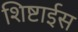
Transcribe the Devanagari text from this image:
शिष्टाईस